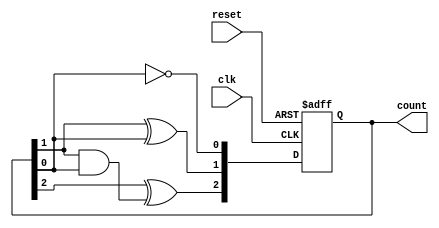
module ripple_counter (
    input wire clk,          // Clock input
    input wire reset,        // Asynchronous reset (active high)
    output reg [2:0] count   // 3-bit output count
);

// Always block triggered by the clock or reset
always @(posedge clk or posedge reset) begin
    if (reset) begin
        count <= 3'b000;    // Reset count to 0
    end else begin
        count[0] <= ~count[0]; // Toggle the least significant bit
        count[1] <= count[1] ^ count[0]; // Toggle the second bit if the first bit is 1
        count[2] <= count[2] ^ (count[1] & count[0]); // Toggle the third bit if both lower bits are 1
    end
end

endmodule